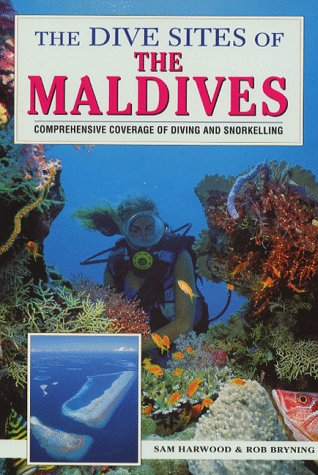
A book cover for The Dive Sites of the Maldives (Dive Sites of the World); Sam Harwood; Travel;